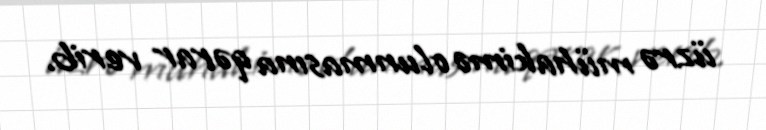
üzrə mühakimə olunmasına qərar verib.